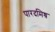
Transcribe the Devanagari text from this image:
पारदमिश्र